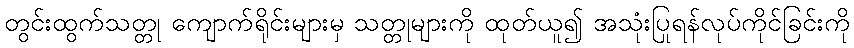
တွင်းထွက်သတ္တု ကျောက်ရိုင်းများမှ သတ္တုများကို ထုတ်ယူ၍ အသုံးပြုရန်လုပ်ကိုင်ခြင်းကို